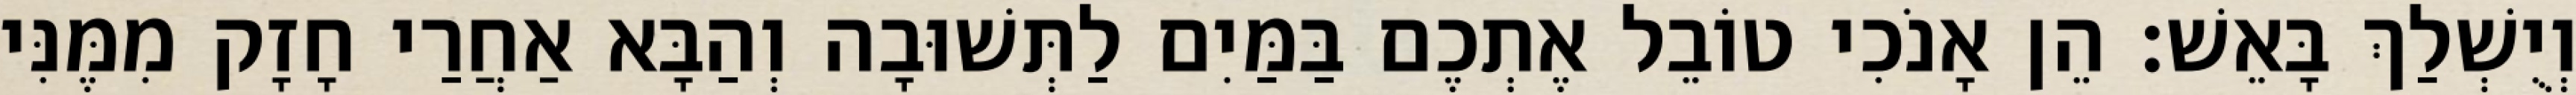
וְיֻשְׁלַךְ בָּאֵשׁ׃ הֵן אָנֹכִי טוֹבֵל אֶתְכֶם בַּמַּיִם לַתְּשׁוּבָה וְהַבָּא אַחֲרַי חָזָק מִמֶּנִּי